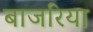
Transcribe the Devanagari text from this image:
बाजरिया